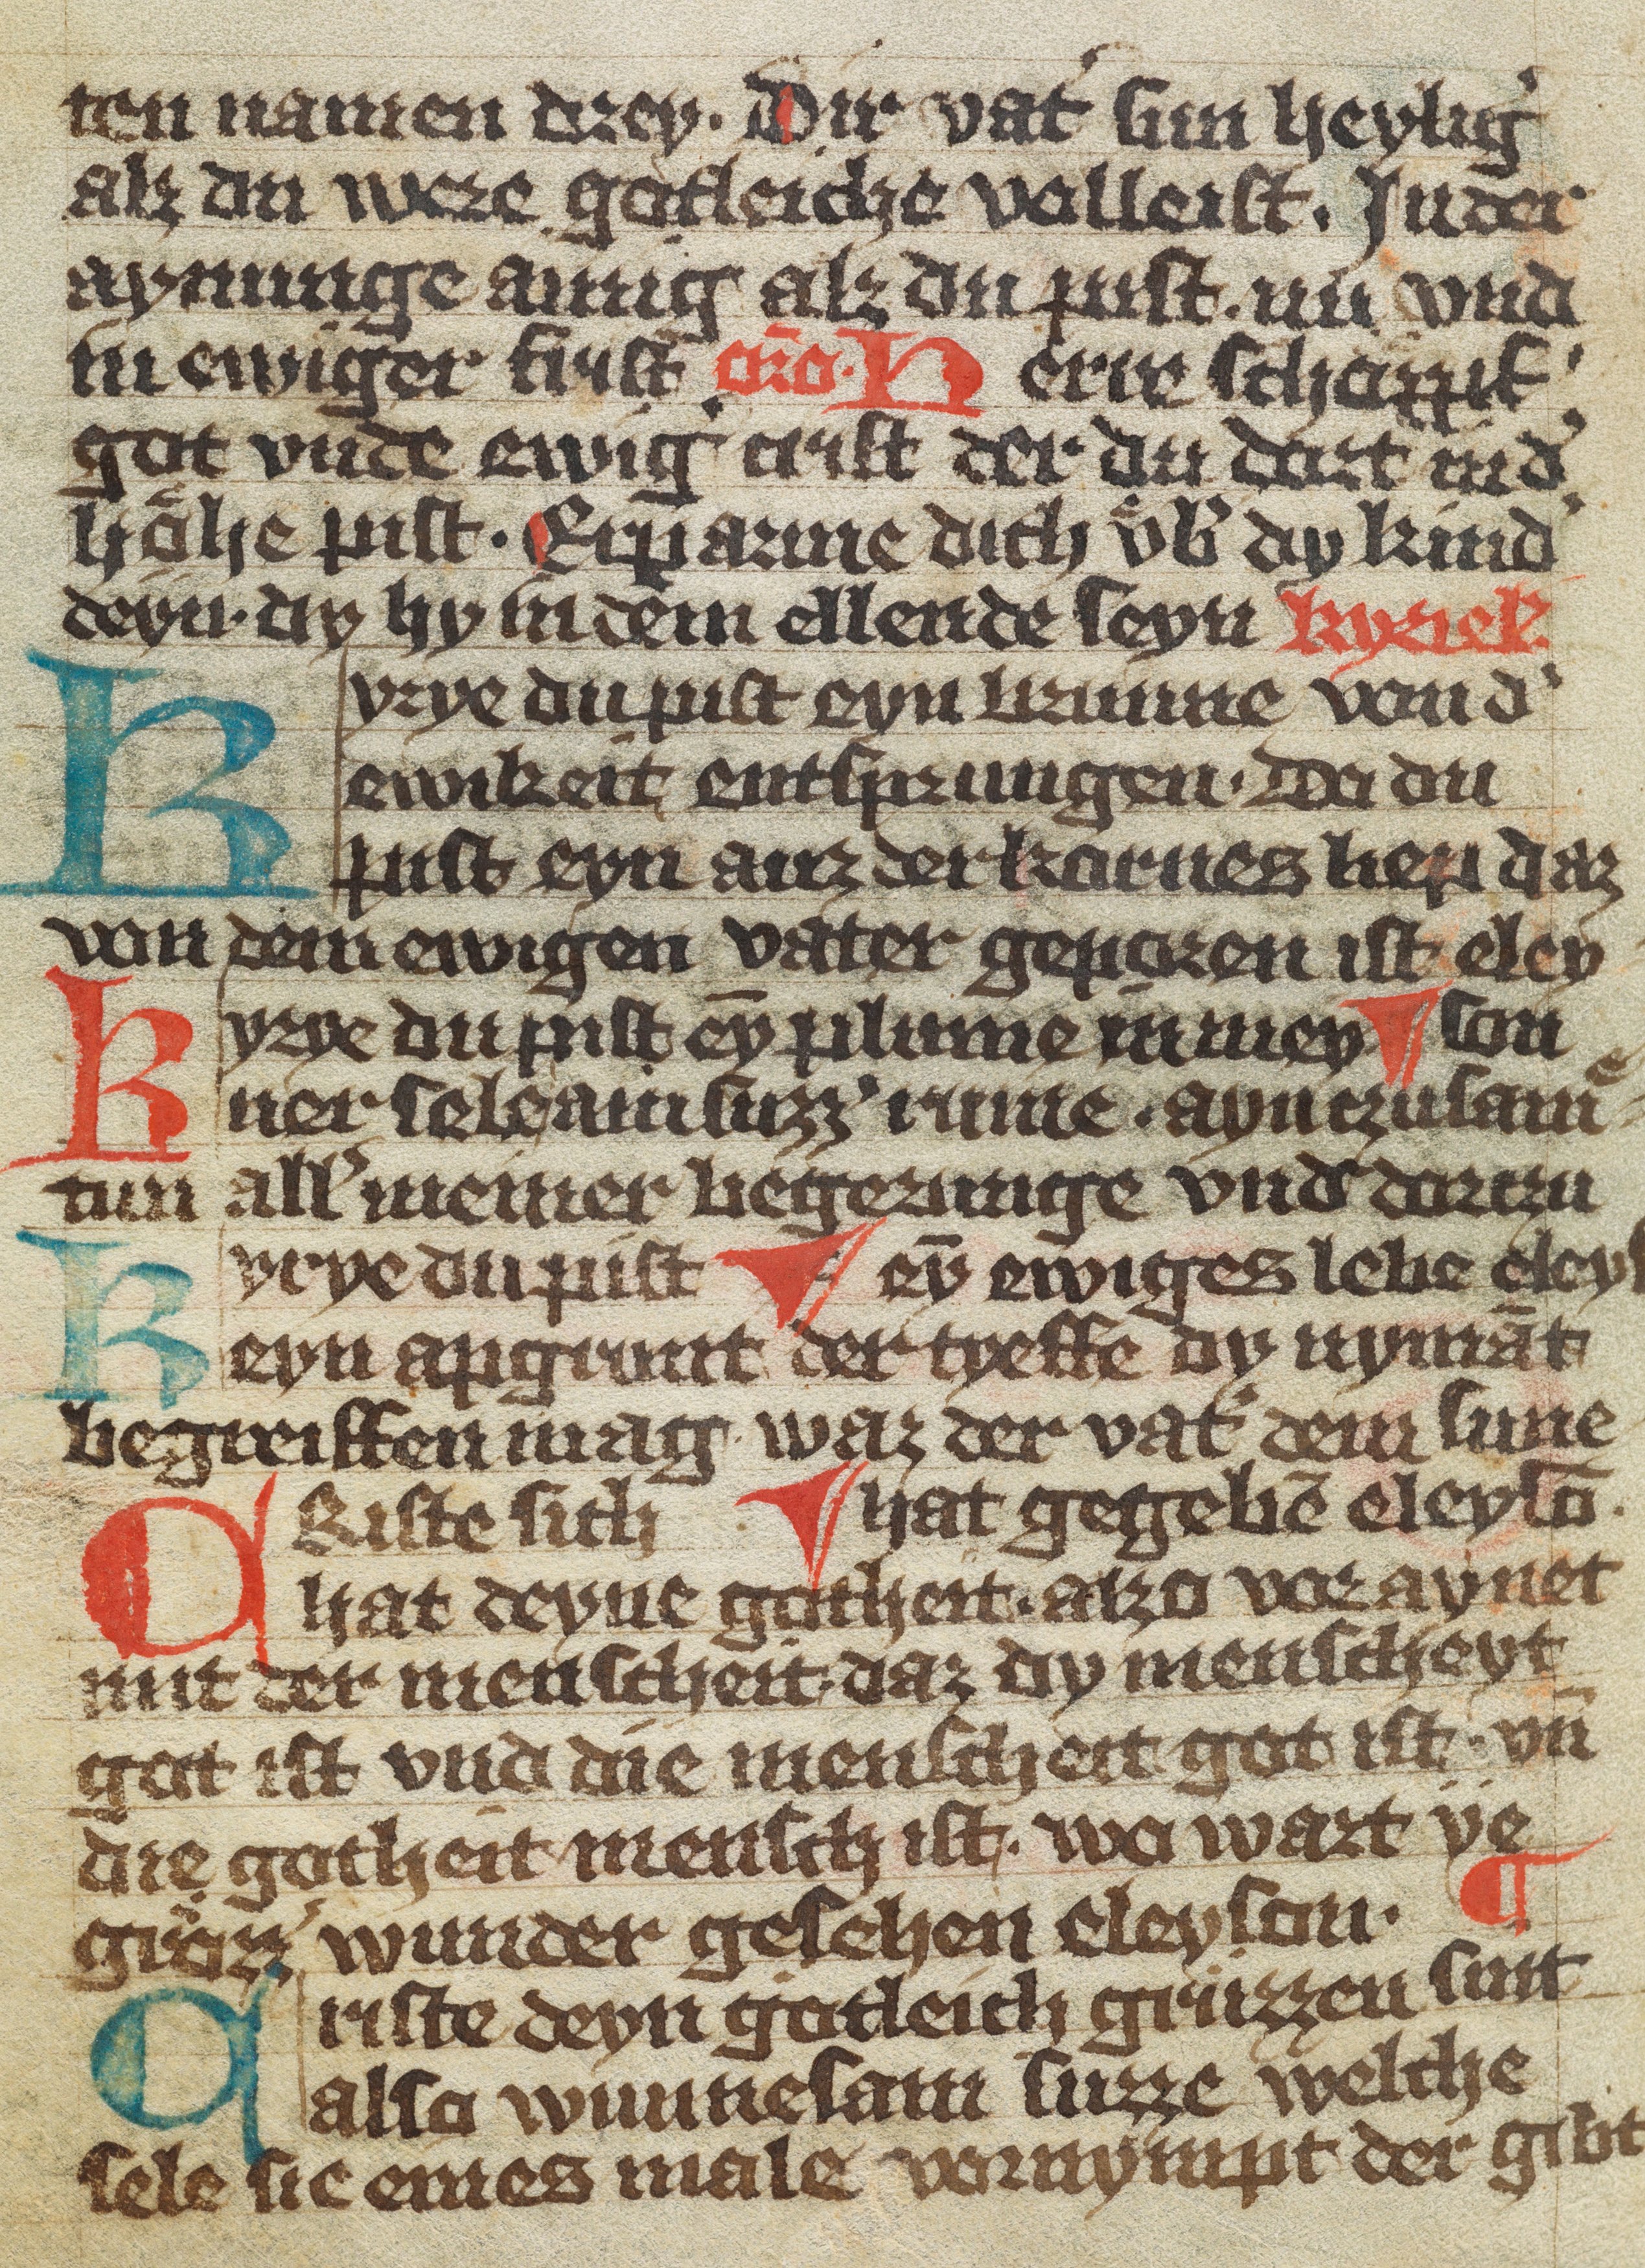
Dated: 1370–1449